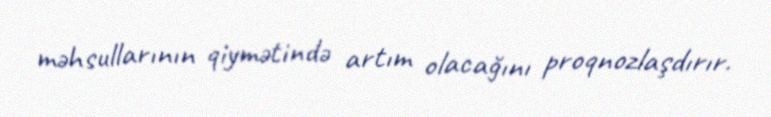
məhsullarının qiymətində artım olacağını proqnozlaşdırır.